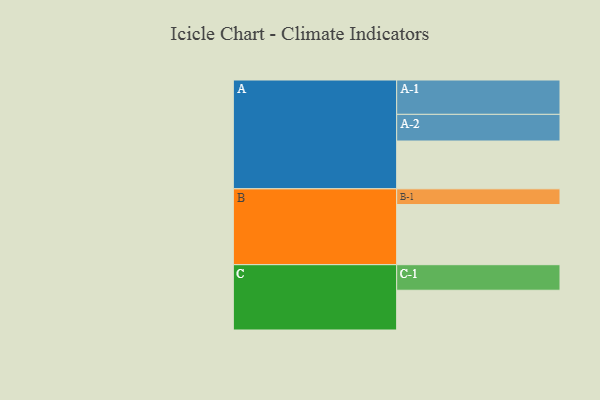
{"axis": {"x": "Segment", "y": "Value"}, "legend": ["", "A", "B", "C"], "data": [{"x": "A", "y": 380, "type": ""}, {"x": "B", "y": 478, "type": ""}, {"x": "C", "y": 316, "type": ""}, {"x": "A-1", "y": 273, "type": "A"}, {"x": "A-2", "y": 212, "type": "A"}, {"x": "B-1", "y": 125, "type": "B"}, {"x": "C-1", "y": 203, "type": "C"}]}